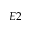
E 2